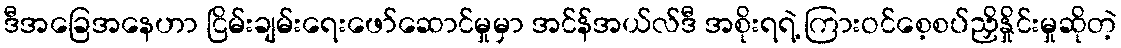
ဒီအခြေအနေဟာ ငြိမ်းချမ်းရေးဖော်ဆောင်မှုမှာ အင်န်အယ်လ်ဒီ အစိုးရရဲ့ ကြားဝင်စေ့စပ်ညှိနှိုင်းမှုဆိုတဲ့